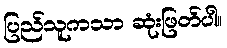
ပြည်သူကသာ ဆုံးဖြတ်ပါ။